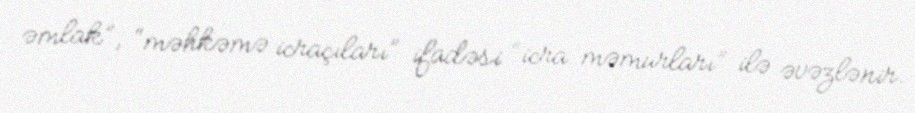
əmlak”, “məhkəmə icraçıları” ifadəsi “icra məmurları” ilə əvəzlənir.